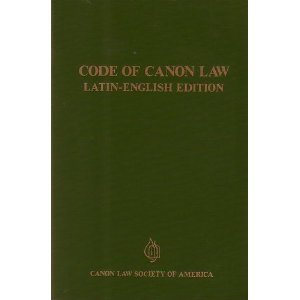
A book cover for Code of Canon Law: Latin-English Edition; Catholic Church; Christian Books & Bibles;